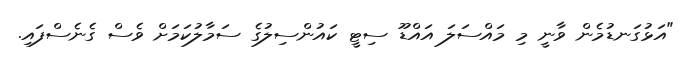
"އަޅުގަނޑުމެން ވާނީ މި މައްސަލަ އައްޑޫ ސިޓީ ކައުންސިލުގެ ސަމާލުކަމަށް ވެސް ގެނެސްފައި.